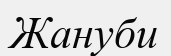
Жануби